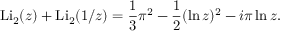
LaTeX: \operatorname { L i } _ { 2 } ( z ) + \operatorname { L i } _ { 2 } ( 1 / z ) = { \frac { 1 } { 3 } } \pi ^ { 2 } - { \frac { 1 } { 2 } } ( \ln z ) ^ { 2 } - i \pi \ln z .